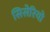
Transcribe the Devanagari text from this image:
सिसेरियो